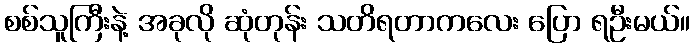
စစ်သူကြီးနဲ့ အခုလို ဆုံတုန်း သတိရတာကလေး ပြော ရဦးမယ်။